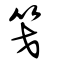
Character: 笅